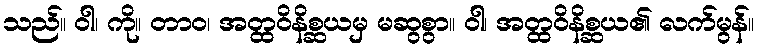
သည်။ ဝါ၊ ကို။ တာဝ၊ အတ္ထဝိနိစ္ဆယမှ မဆွစွာ။ ဝါ၊ အတ္ထဝိနိစ္ဆယ၏ လက်မွန်။